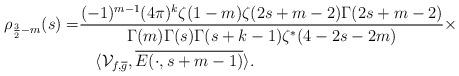
LaTeX: \begin{align*} \rho_{\frac{3}{2} - m}(s) = &\frac{(-1)^{m-1}(4\pi)^k \zeta(1 - m) \zeta(2s + m - 2) \Gamma(2s + m - 2)}{\Gamma(m) \Gamma(s) \Gamma(s + k - 1) \zeta^*(4 - 2s - 2m)} \times \\ &\quad\langle \mathcal{V}_{f, \overline{g}}, \overline{E(\cdot, s + m - 1)}\rangle. \end{align*}